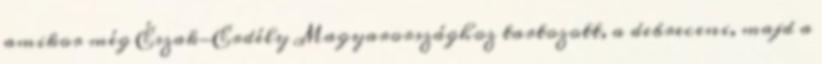
amikor még Észak-Erdély Magyarországhoz tartozott, a debreceni, majd a